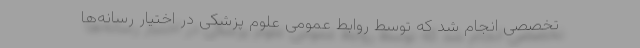
تخصصی انجام شد که توسط روابط عمومی علوم پزشکی در اختیار رسانه‌ها